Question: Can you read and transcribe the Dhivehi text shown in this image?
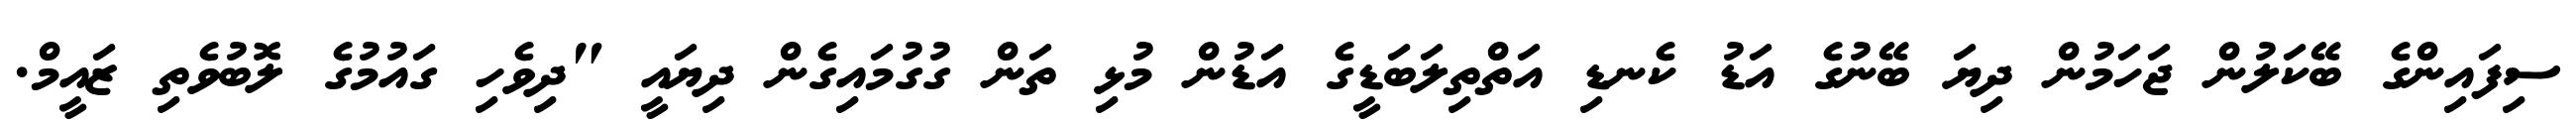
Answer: ސިފައިންގެ ބޭކަލުން ޖަހަމުން ދިޔަ ބޭނުގެ އަޑު ކެނޑި އަތްތިލަބަޑީގެ އަޑުން މުޅި ތަން ގުގުމައިގެން ދިޔައީ "ދިވެހި ގައުމުގެ ލޮބުވެތި ޒައީމް.